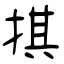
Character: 掑